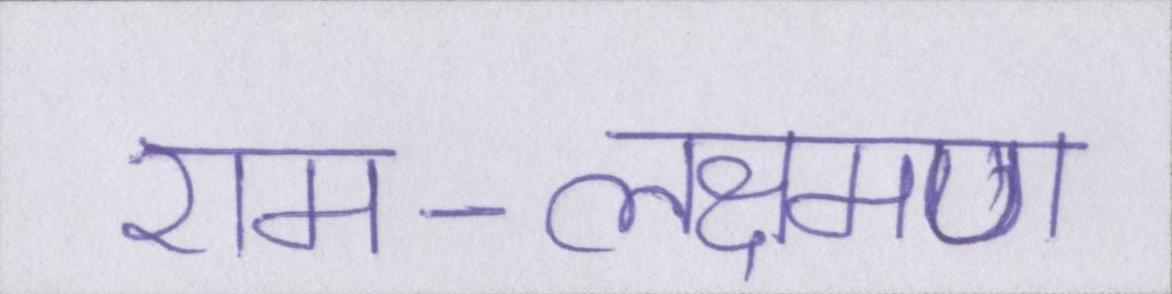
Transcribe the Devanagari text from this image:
राम-लक्ष्मण